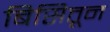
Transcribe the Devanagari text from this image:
बिसितून